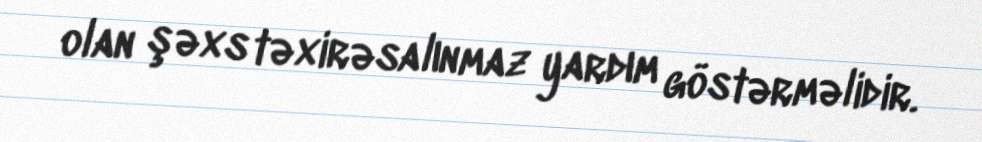
olan şəxs təxirəsalınmaz yardım göstərməlidir.